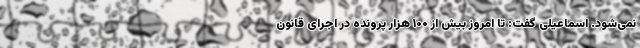
نمی‌شود. اسماعیلی گفت: تا امروز بیش از ۱۰۰ هزار پرونده در اجرای قانون